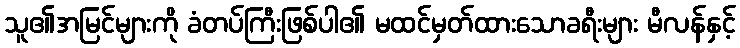
သူ၏အမြင်များကို ခံတပ်ကြီးဖြစ်ပါ၏ မထင်မှတ်ထားသောခရီးများ မီလန်နှင့်